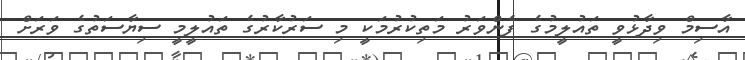
އާސިމް ވިދާޅުވީ ތައުލީމުގެ ފެންވަރު މަތިކުރުމަކީ މި ސަރުކާރުގެ ތައުލީމީ ސިޔާސަތުގެ ވަރަށް